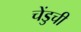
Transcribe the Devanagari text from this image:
चेंडुची